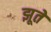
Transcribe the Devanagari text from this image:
झूते